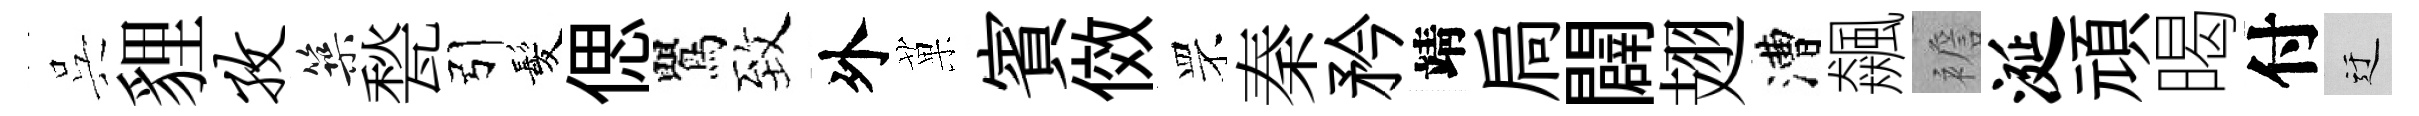
呉貍孜築甃引髪偲鸎致外菓賓傚罘秦矜靖扃闢翅漕飆襜涎頑暍付迂